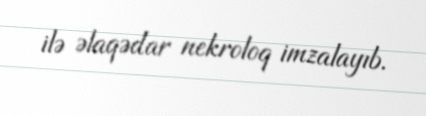
ilə əlaqədar nekroloq imzalayıb.